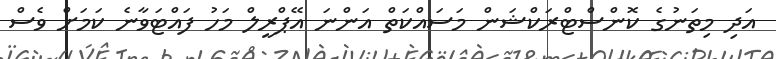
އަދި މިތަނުގެ ކޮންސްޓްރަކްޝަން މަސައްކަތް އަންނަ އޭޕްރީލް މަހު ފައްޓަވާނެ ކަމަށް ވެސް